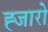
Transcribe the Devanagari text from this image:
ह्जारो